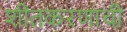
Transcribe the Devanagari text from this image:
शीतकरणाची